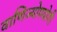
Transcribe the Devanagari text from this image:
वाणिज्योपयोगी